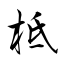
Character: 柢